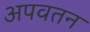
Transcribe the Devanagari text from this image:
अपवतन